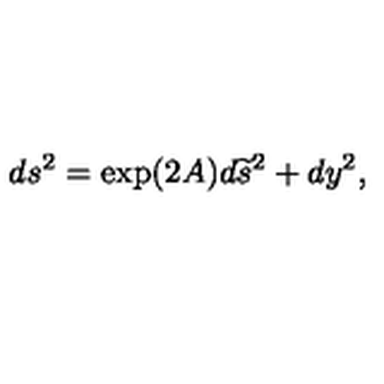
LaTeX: d s ^ { 2 } = \exp ( 2 A ) d { \widetilde s } ^ { 2 } + d y ^ { 2 } ,